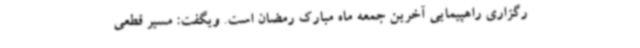
رگزاری راهپیمایی آخرین جمعه ماه مبارک رمضان است. ویگفت: مسیر قطعی